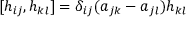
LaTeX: [ h _ { i j } , h _ { k l } ] = \delta _ { i j } ( a _ { j k } - a _ { j l } ) h _ { k l }